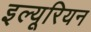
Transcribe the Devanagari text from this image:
इल्यूरियन